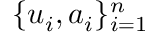
\{ u _ { i } , a _ { i } \} _ { i = 1 } ^ { n }